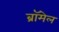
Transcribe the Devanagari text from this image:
ब्रॉमेल